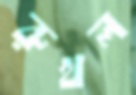
রুখল